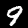
Digit: 9